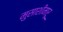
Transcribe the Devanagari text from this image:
मुसाशीमारू